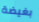
بغيضة